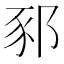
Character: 𨛤